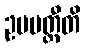
ဥပပတ္တီတိ